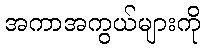
အကာအကွယ်များကို